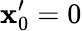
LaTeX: \mathbf{x}_{0}^{\prime}=0